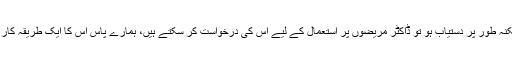
ایف ڈی اے کمشنر کا مزید کہنا تھا کہ اگر کوئی دوا ممکنہ طور پر دستیاب ہو تو ڈاکٹر مریضوں پر استعمال کے لیے اس کی درخواست کر سکتے ہیں، ہمارے پاس اس کا ایک طریقہ کار ہے اور اس کے بہت تیزی سے منظوری دی جاتی ہے۔